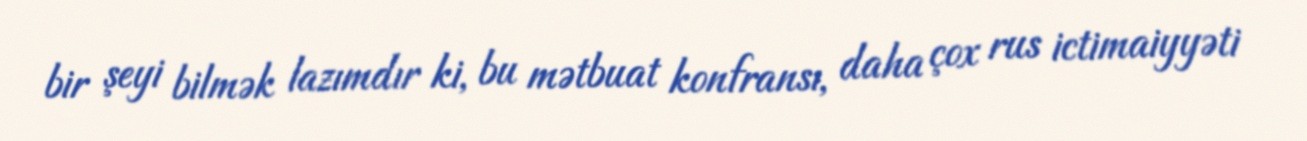
bir şeyi bilmək lazımdır ki, bu mətbuat konfransı, daha çox rus ictimaiyyəti